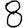
Digit: 8